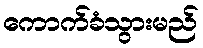
ကောက်ခံသွားမည်